Rangoon Lunatic Asylum 1898-1906 - 1898-1906
Year: 1898
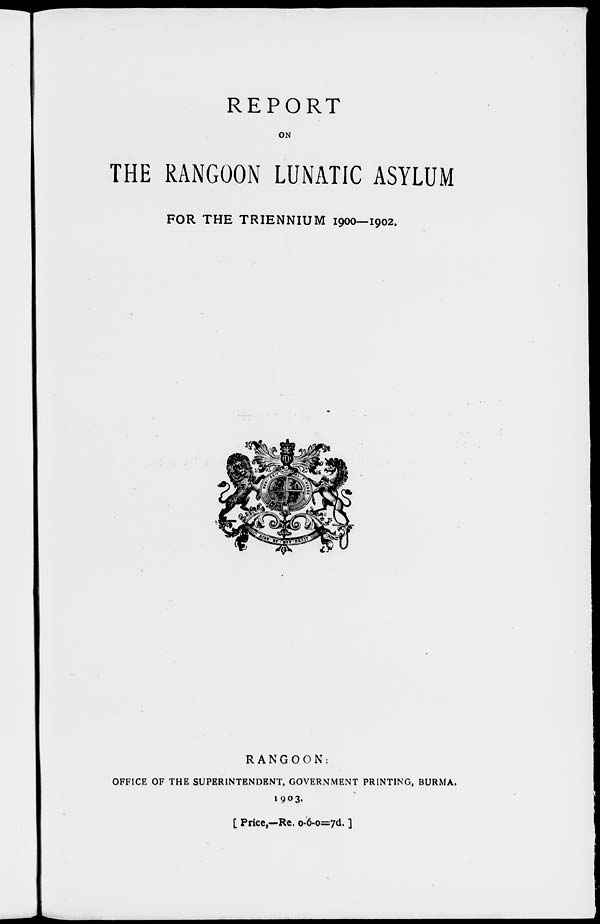
REPORT
ON
THE RANGOON LUNATIC ASYLUM
FOR THE TRIENNIUM 1900—1902.
RANGOON:
OFFICE OF THE SUPERINTENDENT, GOVERNMENT PRINTING, BURMA.
1903.
[ Price,—Re. 0-6-0=7d. ]